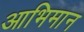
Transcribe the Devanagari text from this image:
आभिमान